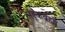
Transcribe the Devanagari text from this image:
मंडूकब्रह्मी